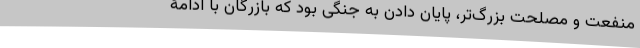
منفعت و مصلحتِ بزرگ‌تر، پایان دادن به جنگی بود که بازرگان با ادامۀ